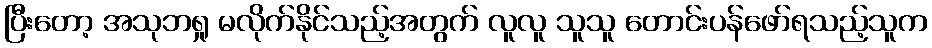
ပြီးတော့ အသုဘရှု မလိုက်နိုင်သည့်အတွက် လူလူ သူသူ တောင်းပန်ဖော်ရသည့်သူက